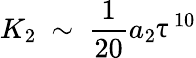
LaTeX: K_{2}\ \sim\ \frac{1}{20}a_{2}\uptau^{10}